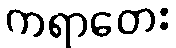
ကရာတေး